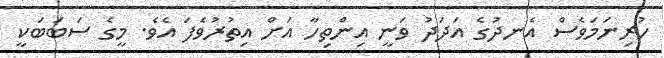
ހުރިނަމަވެސް އެނދުގެ އަދަދު ވަނީ އިންތިހާ އަށް އިތުރުވެފަ އެވެ. މީގެ ސަބަބަކީ